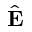
\hat { \bf E }